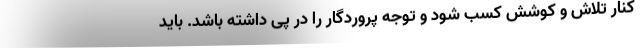
کنار تلاش و کوشش کسب شود و توجه پروردگار را در پی داشته باشد. باید